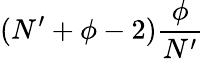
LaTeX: (N^{\prime}+\phi-2)\frac{\phi}{N^{\prime}}